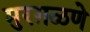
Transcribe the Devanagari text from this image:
मुरग़ळणे